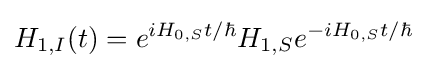
H_{1,I}(t)=e^{iH_{0,S}t/\hbar }H_{1,S}e^{-iH_{0,S}t/\hbar }